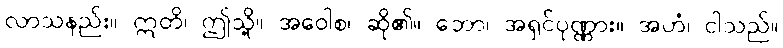
လာသနည်း။ ဣတိ၊ ဤသို့။ အဝေါစ၊ ဆို၏။ ဘော၊ အရှင်ပုဏ္ဏား။ အဟံ၊ ငါသည်။